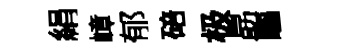
絹嶂郁碚极勗驅